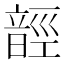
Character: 䪫